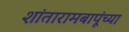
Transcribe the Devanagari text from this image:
शांतारामबापूंच्या